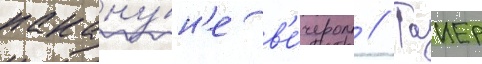
накану́н'е в'е́чером // Таиер